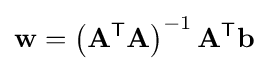
\mathbf {w} =\left(\mathbf {A} ^{\mathsf {T}}\mathbf {A} \right)^{-1}\mathbf {A} ^{\mathsf {T}}\mathbf {b}